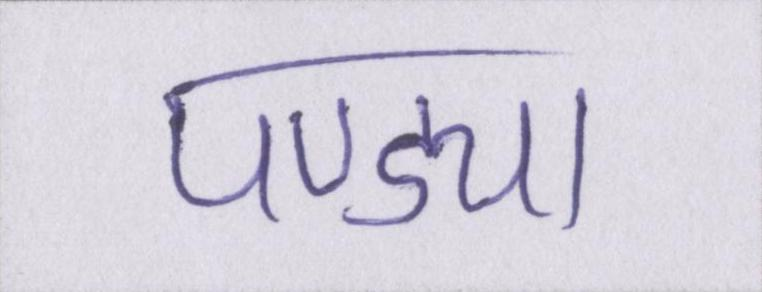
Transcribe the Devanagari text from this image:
पण्ड्या